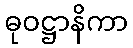
ဓုဝဋ္ဌာနိကာ